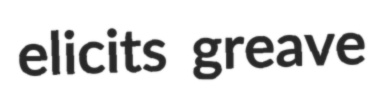
elicits greave